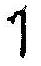
1